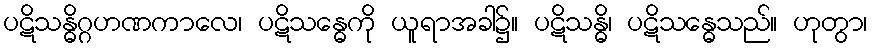
ပဋိသန္ဓိဂ္ဂဟဏကာလေ၊ ပဋိသန္ဓေကို ယူရာအခါ၌။ ပဋိသန္ဓိ၊ ပဋိသန္ဓေသည်။ ဟုတွာ၊